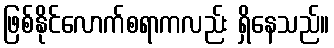
ဖြစ်နိုင်လောက်စရာကလည်း ရှိနေသည်။